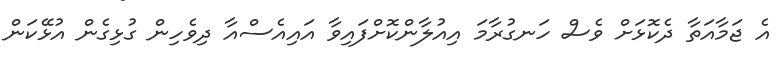
އެ ޖަމާއަތާ ދެކޮޅަށް ވެސް ހަނގުރާމަ އިއުލާންކޮށްފައިވާ އައިއެސްއާ ދިވެހިން ގުޅިގެން އުޅޭކަން